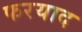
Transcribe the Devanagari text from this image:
फरयाद